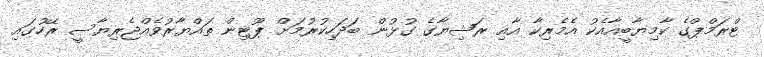
ޓްރަމްޕްގެ ކާމިޔާބީއާއެކު އެމެރިކާ އާއި ރަޝިޔާގެ ގުޅުން ބަދަހިކުރުމަށް ޕޫޓިން ތައްޔާރުވެއްޖެރިޔާސީ ރޭހުގައި